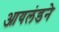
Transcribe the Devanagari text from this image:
आयलंडने